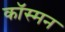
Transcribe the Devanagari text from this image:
कॉस्मन